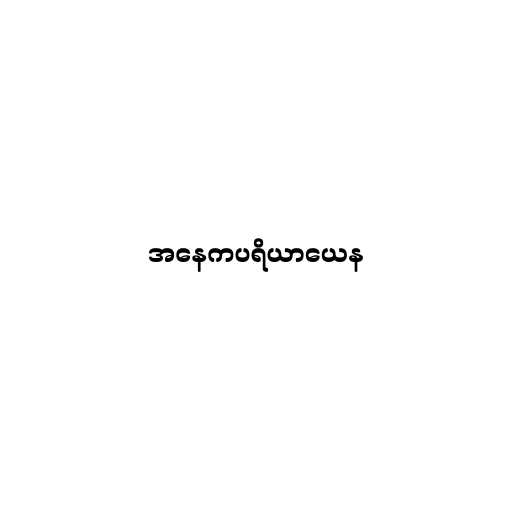
အနေကပရိယာယေန